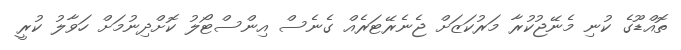
ތޮއްޑޫގެ ކުނި މެނޭޖުކުރާ މަރުކަޒަށް ޖެނެރޭޓަރެއް ގެނެސް އިންސްޓޯލު ކޮށްދިނުމަށް ހަވާލު ކުރީ